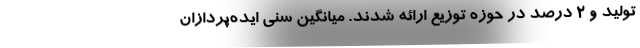
تولید و 2 درصد در حوزه توزیع ارائه شدند. میانگین سنی ایده‌پردازان